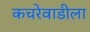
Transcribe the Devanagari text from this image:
कचरेवाडीला